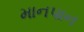
માનપાન